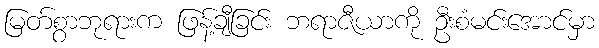
မြတ်စွာဘုရားက ဖြန့်ချီခြင်း ဘရာဇီယာကို ဦးစံမင်းအောင်မှာ